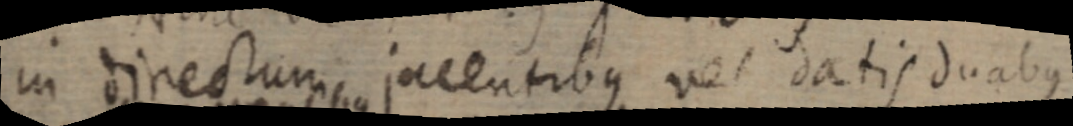
in directum jacentibus vel datis duabus